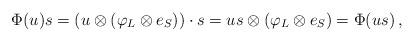
LaTeX: \begin{align*} \Phi(u) s = (u \otimes (\varphi_L \otimes e_S))\cdot s = us \otimes (\varphi_L \otimes e_S) = \Phi(us)\,, \end{align*}